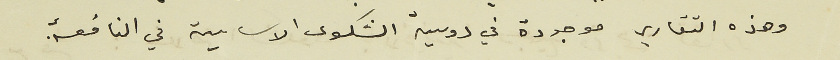
وهذه التقارير موجودة في دوسية الشكوى الاساسية في النافعة.